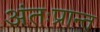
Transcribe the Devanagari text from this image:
अंतःप्रान्त